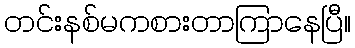
တင်းနစ်မကစားတာကြာနေပြီ။